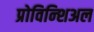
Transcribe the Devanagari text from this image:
प्रोविन्शिअल